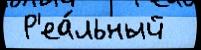
 Р'еа́льный